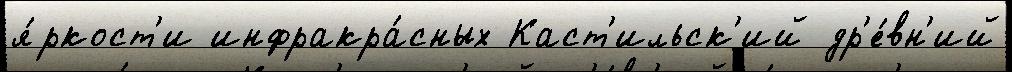
я́ркост'и инфракра́сных Каст'ильск'ий др'е́вн'ий